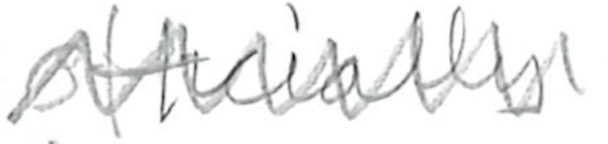
Text: officially
Cross-out: mix
Writing tool: pencil